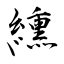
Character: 纁